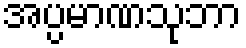
အပ္ပမာဏသုဘာ